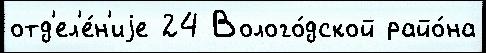
отд'ел'е́н'иjе 24 Волого́дской райо́на